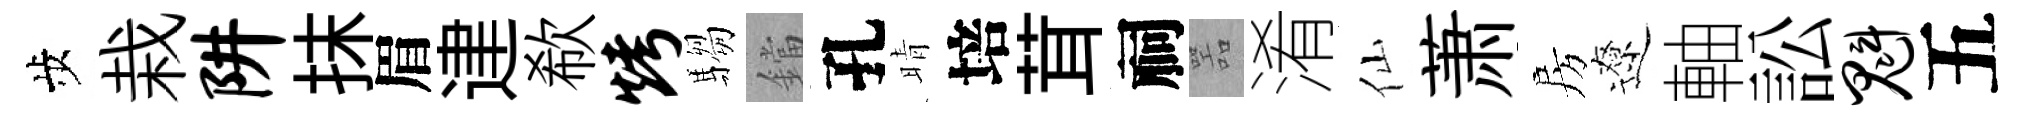
歩栽阱抹眉䢖欷烤騶鐺孔晴培茸祠噐淆仙萧房遼軸訟魁五